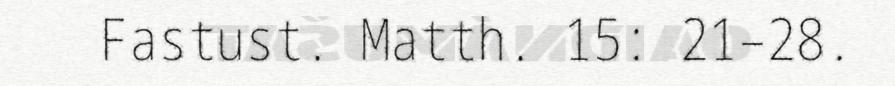
Fastust. Matth. 15: 21–28.